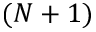
( N + 1 )